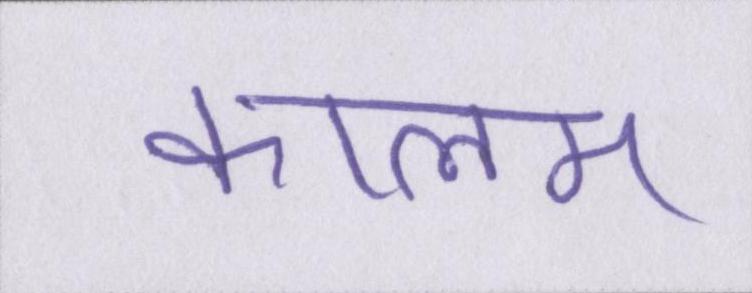
कालम